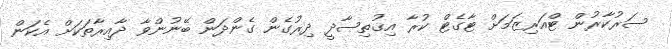
ސަރުކާރުން ޓްއަރިޒަމަށް ޓާގެޓް ކުރާ އިޤުތިޞާދީ ދިރުގެން ގެންދަން ބޭނުންވާ ދާއިރާތަކަށް އެކަން